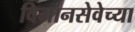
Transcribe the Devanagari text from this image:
विमानसेवेच्या